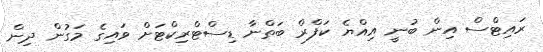
ރައިޓްސް އިން ބުނީ އިއްޔެ ކަފްރް ބަތްނާ ޑިސްޓްރިކްޓަށް ވައިގެ މަގުން ދިން